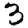
Digit: 3